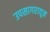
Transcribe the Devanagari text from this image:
उपसागरातून